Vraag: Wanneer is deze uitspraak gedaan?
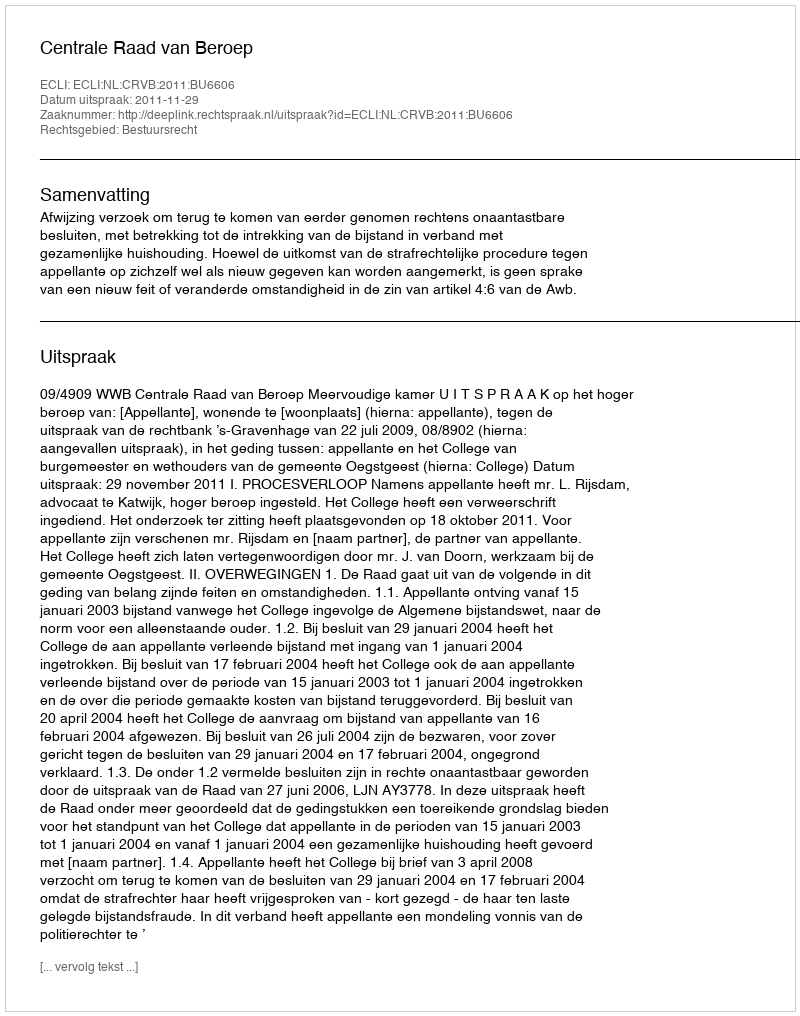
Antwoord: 2011-11-29